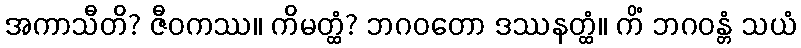
အကာသီတိ? ဇီဝကဿ။ ကိမတ္ထံ? ဘဂဝတော ဒဿနတ္ထံ။ ကိံ ဘဂဝန္တံ သယံ